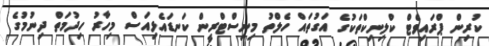
ކުރިން ޕްރައިވެޓް ކްލިނިކްތަކުގެ އަގުތައް ހެލްތު މިނިސްޓްރީން ކަނޑައެޅިއަސް މިހާރު ހިދުމަތް ދިނުމުގެ